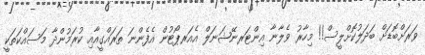
ވަރަށްބޮޑަށް ބަދަލުކޮށްލީސް!! މިހާރު ވެލާނާ އިންޓަރނޭޝަނަލް އެއަރޕޯޓުން އެފެންނަ ތަރައްގީއާއި ކުރަމުންދާ މަސައްކަތަކީ